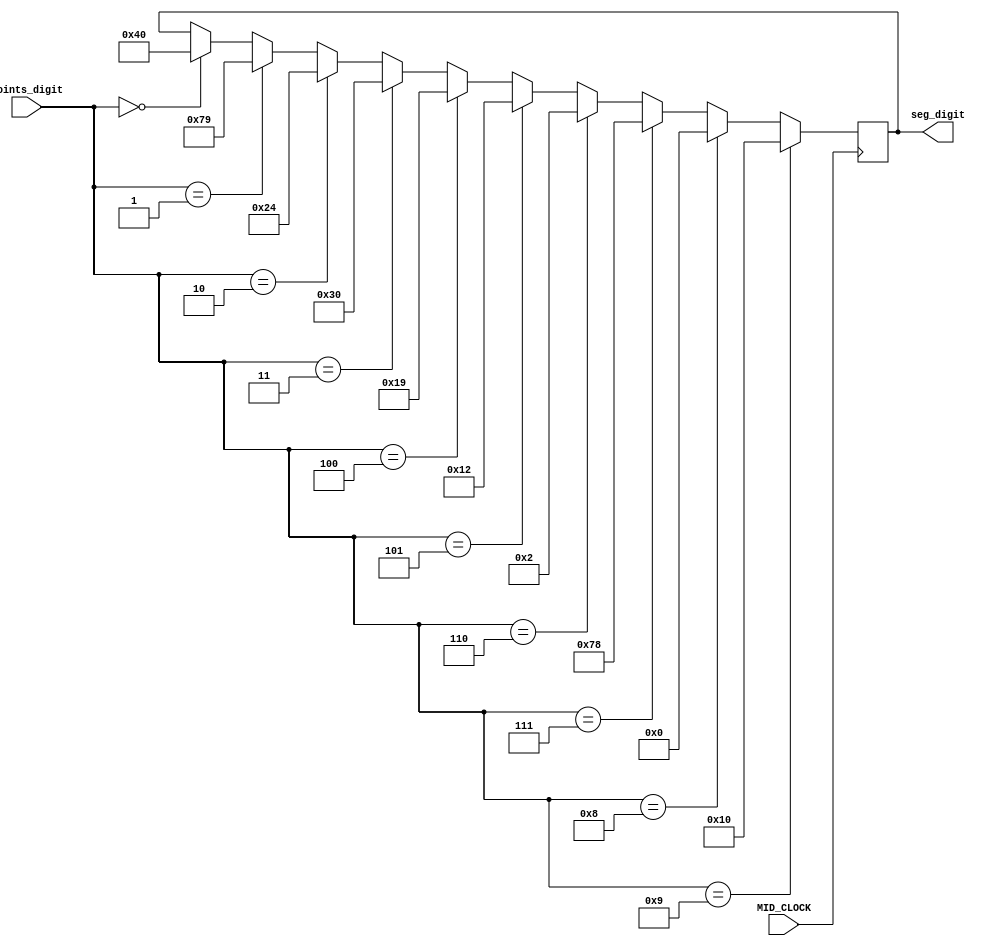
`timescale 1ns / 1ps
//////////////////////////////////////////////////////////////////////////////////


module translate_digit(input MID_CLOCK, input [3:0] points_digit, output reg [6:0] seg_digit = 0);


reg [6:0] char0 = 7'b1000000;   // 0
reg [6:0] char1 = 7'b1111001;   // 1
reg [6:0] char2 = 7'b0100100;   // 2
reg [6:0] char3 = 7'b0110000;   // 3
reg [6:0] char4 = 7'b0011001;   // 4

reg [6:0]char5 = 7'b0010010;   // 5
reg [6:0] char6 = 7'b0000010;   // 6
reg [6:0] char7 = 7'b1111000;   // 7
reg [6:0] char8 = 7'b0000000;   // 8
reg [6:0] char9 = 7'b0010000;   // 9

reg[6:0] seg = 0;
always @(posedge MID_CLOCK) begin   //default max and min change !!


    if (points_digit == 9)
        seg_digit <= char9;
    else if (points_digit == 8)
        seg_digit <= char8;
    else if (points_digit == 7)
        seg_digit <= char7;    
    else if (points_digit == 6)
        seg_digit <= char6;
                    
    else if (points_digit == 5)
        seg_digit <= char5;
    else if (points_digit == 4)
        seg_digit <= char4;      
    else if (points_digit == 3)
        seg_digit <= char3;              
    else if (points_digit == 2)
        seg_digit <= char2;              
    else if (points_digit == 1)
        seg_digit <= char1;    
    else if (points_digit == 0)
        seg_digit <= char0;                      
end

endmodule